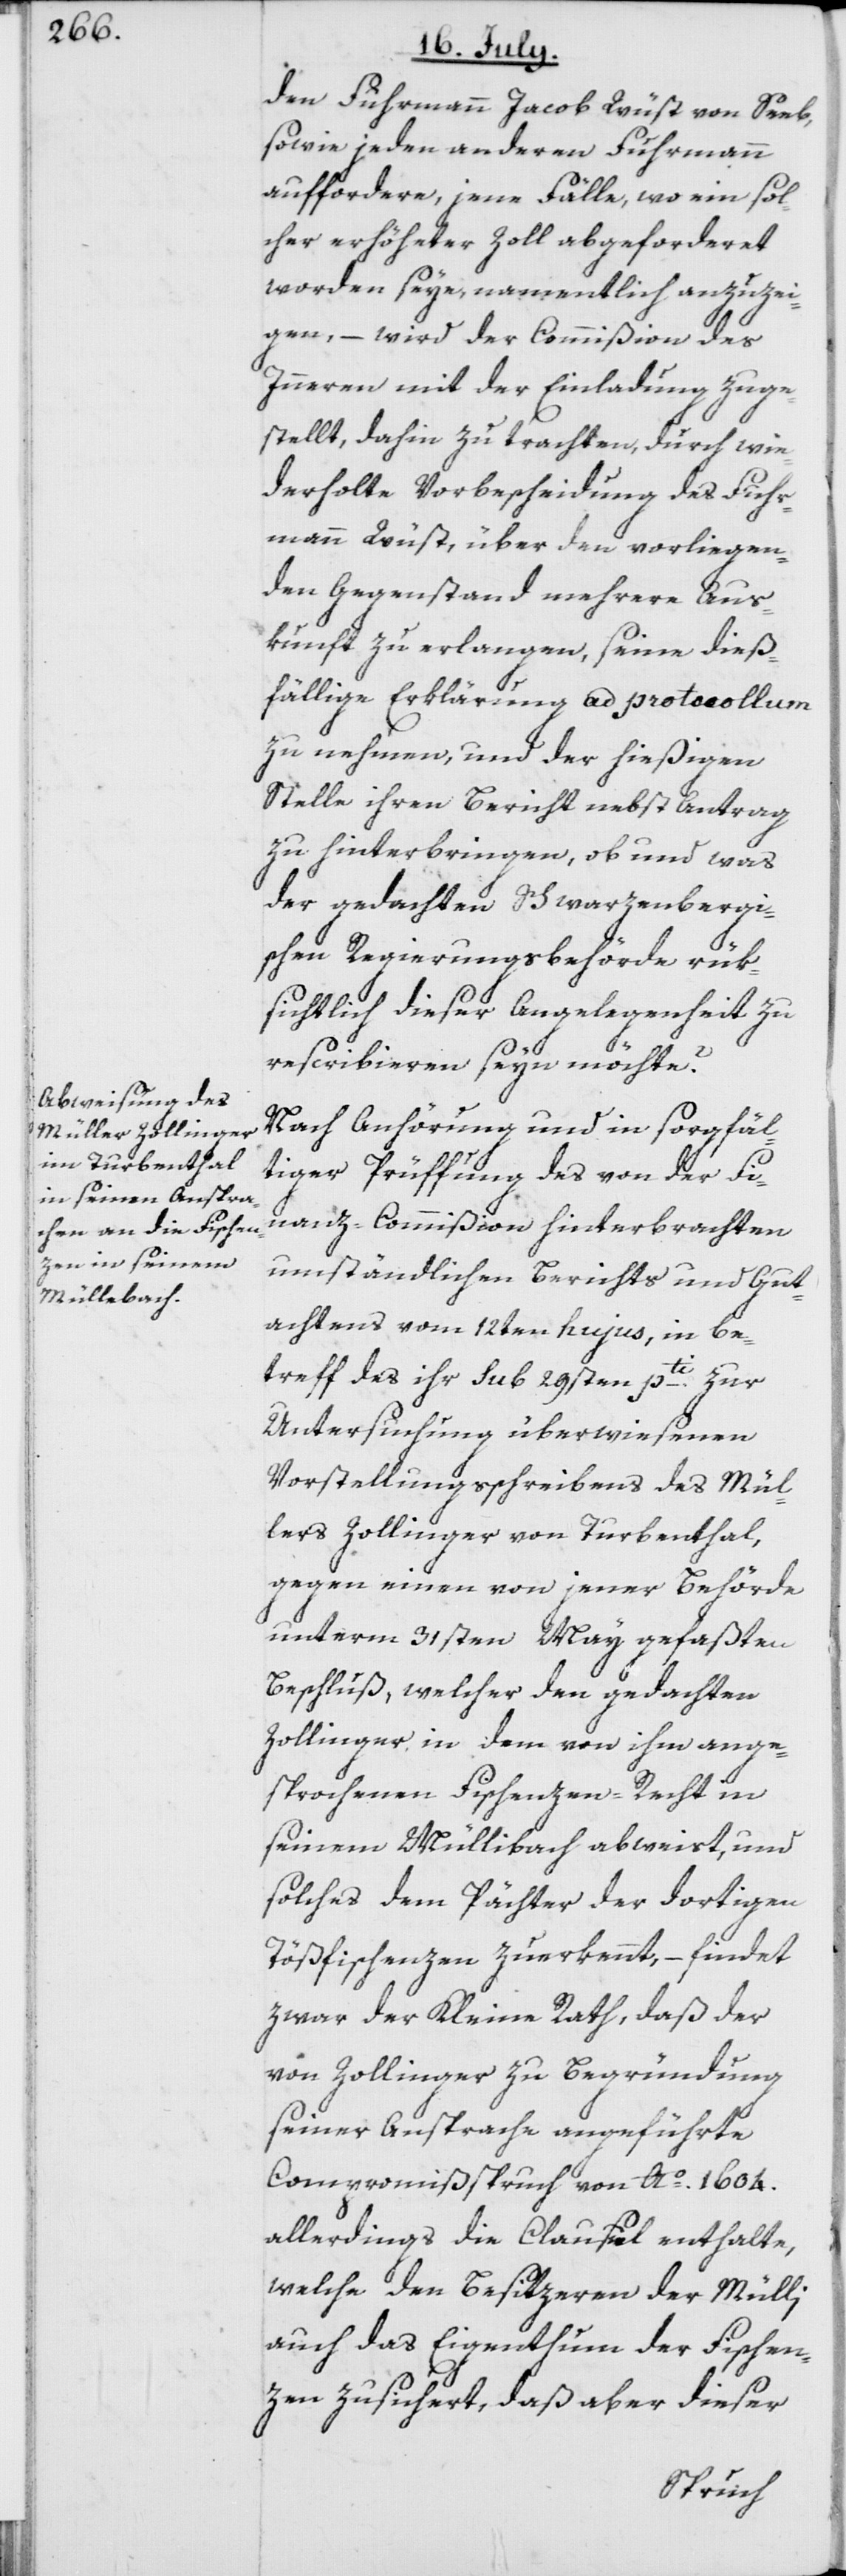
den Fuhrmann Jacob Wüst von Seeb,
sowie jeden anderen Fuhrmann
auffordere, jene Fälle, wo ein sol¬
cher erhöheter Zoll abgeforderet
worden seye, namentlich anzuzei¬
gen, – wird der Commißion des
Inneren mit der Einladung zuge¬
stellt, dahin zu trachten, durch wie¬
derholte Vorbescheidung des Fuhr¬
mann Wüst, über den vorliegen¬
den Gegenstand mehrere Aus¬
kunft zu erlangen, seine dieß¬
fällige Erklärung ad protocollum
zu nehmen, und der hießigen
Stelle ihren Bericht nebst Antrag
zu hinterbringen, ob und was
der gedachten Schwarzenbergi¬
schen Regierungsbehörde rük¬
sichtlich dieser Angelegenheit zu
rescribieren seyn möchte?
Nach Anhörung und in sorgfäl¬
tiger Prüffung des von der Fi¬
nanz-Commißion hinterbrachten
umständlichen Berichts und Gut¬
achtens vom 12ten hujus, in be¬
treff des ihr sub 29sten pti. zur
Untersuchung überwiesenen
Vorstellungsschreibens des Mül¬
lers Zollinger von Turbenthal,
gegen einen von jener Behörde
unterm 31sten May gefaßten
Beschluß, welcher den gedachten
Zollinger in dem von ihm ange¬
sprochenen Fischenzen-Recht in
seinem Müllibach abweist, und
solches dem Pächter der dortigen
Tößfischenzen zuerkennt, – findet
zwar der Kleine Rath, daß der
von Zollinger zu Begründung
seiner Ansprache angeführte
Compromißspruch von Ao. 1604.
allerdings die Clausel enthalte,
welche den Besitzeren der Mülli
auch das Eigenthum der Fischen¬
zen zusichert, daß aber dieser